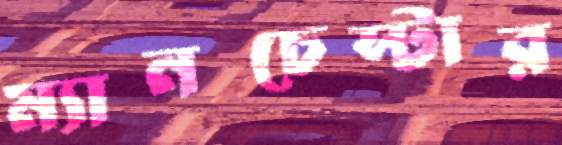
ম্যানচেস্টার